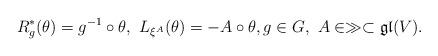
LaTeX: \begin{align*}R_{g}^{*}(\theta ) = g^{-1}\circ \theta,\ L_{\xi^{A}} (\theta ) =- A\circ \theta ,g\in G,\ A\in \gg\subset \mathfrak{gl} (V).\end{align*}